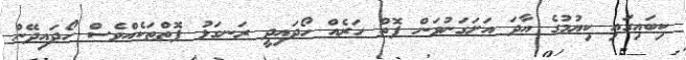
ކިބައިގައި ކިޔުމުގެ އާދަ އަށަގަނުވަން ފޮތް ހަރެއް ހޯދައިދީ ރަނގަޅު ފޮތްތަކެއްވެސް ހޯދައިދޭން